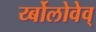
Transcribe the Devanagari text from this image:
र्य्बोलोवेव्